Insane asylums in Bengal annual reports 1867-1875 - 1867-1875
Year: 1867
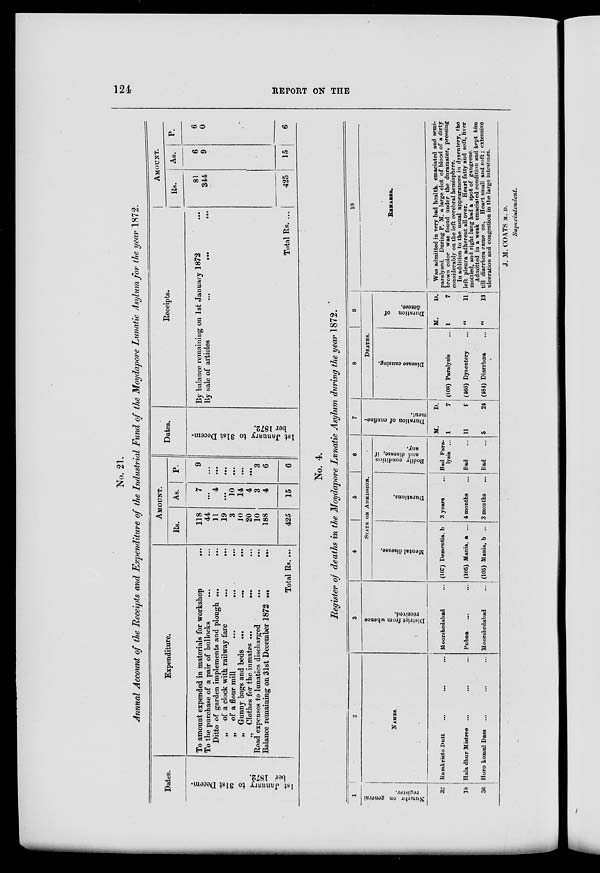
124
REPORT ON THE
No. 21.
Annual Account of the Receipts and Expenditure of the Industrial Fund of the Moydapore Lunatic Asylum for the year 1872.
Dates.
1st January to 31st Decem-
ber 1872.
Expenditure.
To amount expended in materials for workshop
...
To the purchase of a pair of bullocks
... ...
Ditto of garden implements and plough ... ...
„
of a clock with, railway fare
...
...
„
of a flour mill
...
...
...
„ Gunny bags and beds
...
...
...
„ Clothes for the inmates
...
...
...
Road expenses to lunatics discharged
...
...
Balance remaining on 31st December 1872 ...
...
Total Rs. ...
AMOUNT.
Rs.
118
44
11
19
3
10
20
10
188
425
As.
7
. ..
4
...
10
14
4
3
4
15
P.
9
...
...
...
...
...
...
3
6
6
Dates.
1st January to 31st Decem-
ber 1872.
Receipts.
By balance remaining on 1st January 1872 ...
By sale of articles
...
...
...
Total Rs. ...
AMOUNT.
Rs.
81
344
425
As.
6
9
15
P.
6
0
6
No. 4.
Register of deaths in the Moydapore Lunatic Asylum during the year 1872.
1
Number
on general
register.
32
18
36
2
NAMES.
Ramkristo Dutt ... ... ...
Hala dhur Mistree ... ... ...
Horo komul Dass ... ... ...
3
District from whence
received.
Moorshedabad ...
Pubna ... ...
Moorshedabad ...
4
5
6
STATE ON ADMISSION.
Mental disease.
(107) Dementia, b
(105) Mania, a ...
(105) Mania, b ...
Durations.
3 years ...
4 months ...
3 months ...
Bodily condition
and disease, if
any.
Bad Para-
lysis ...
Bad ...
Bad ...
7
Duration of confine-
ment.
M.
1
11
5
D.
7
9
24
8
9
DEATHS.
Disease causing.
(108) Paralysis ...
(466) Dysentery ...
(484) Diarrhœa ...
Duration of
desese.
M.
1
"
''
D.
7
11
13
10
REMARKS.
Was admitted in very bad health, emaciated and semi-
paralysed. During P. M. a large clot of blood of a dirty
brown color was found under the duramater, pressing
considerably on the left cerebral hemisphere.
In addition to the usual appearances in dysentery, the
left pleura adherent all over. Heart fatty and soft, liver
mottled, and right lung had a spot of gangrene.
Admitted in a weak emaciated condition and kept him
till diarrhœa came on. Heart small and soft; extensive
ulceration and congestion in the large intestines.
J. M. COATS M. D.
Superintendent.